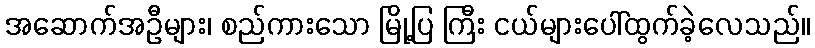
အဆောက်အဦများ၊ စည်ကားသော မြို့ပြ ကြီး ငယ်များပေါ်ထွက်ခဲ့လေသည်။